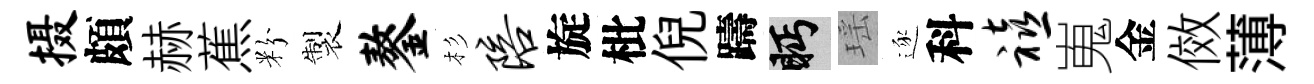
摄頗赫蕉粉製鏊杉陪旋枇倪躊眄瑶逐科禧嵬金傚薄